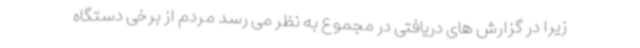
زیرا در گزارش های دریافتی در مجموع به نظر می رسد مردم از برخی دستگاه